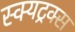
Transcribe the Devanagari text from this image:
स्क्यट्रक्स